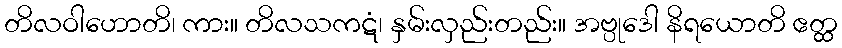
တိလဝါဟောတိ၊ ကား။ တိလသကဋံ၊ နှမ်းလှည်းတည်း။ အဗ္ပုဒေါ နိရယောတိ ဧတ္ထ